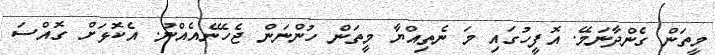
މީތަން ގެންދާނަމޭ. އޮފީހުގައި މަ ނެތިއްޔާ މީތަން ހުންނަން ޖެހޭނެއެއްނު. އެކޮޅަށް ގޮއްސަ